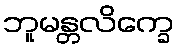
ဘူမန္တလိက္ခေ